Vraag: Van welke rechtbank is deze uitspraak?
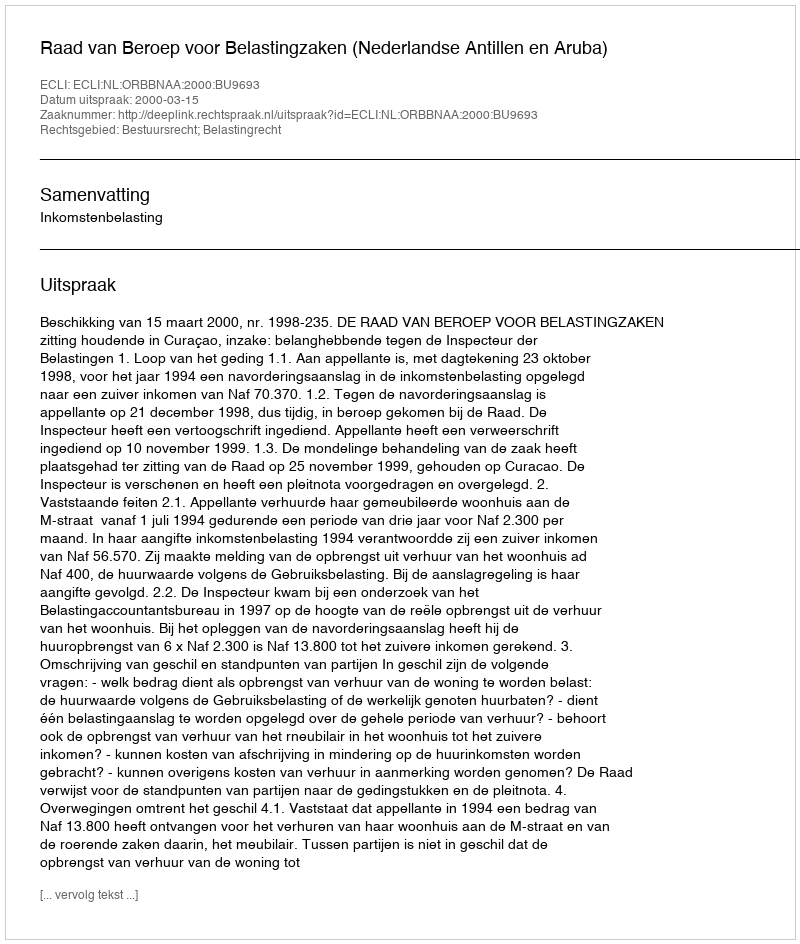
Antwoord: Raad van Beroep voor Belastingzaken (Nederlandse Antillen en Aruba)